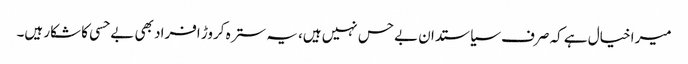
میرا خیال ہے کہ صرف سیاستدان بےحس نہیں ہیں، یہ سترہ کروڑ افراد بھی بےحسی کا شکار ہیں۔